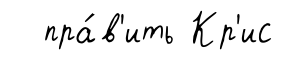
пра́в'ить Кр'ис